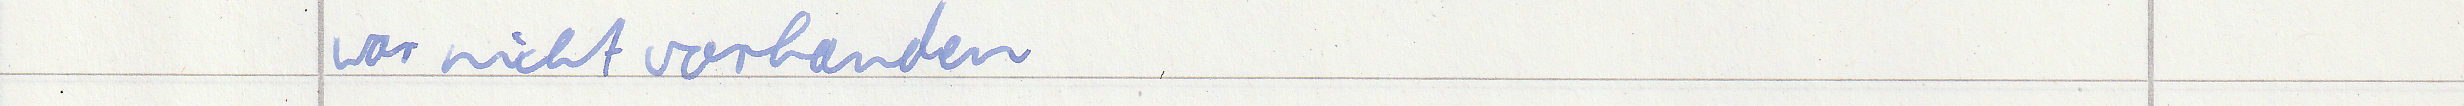
war nicht vorhanden